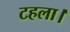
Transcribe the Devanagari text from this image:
टहला।